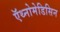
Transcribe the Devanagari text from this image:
ऍथ्नोमेडिसिन